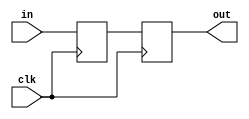
module synchronizer #(parameter NUMBITS = 8) (
    input clk,
    input [NUMBITS-1:0] in,
    output reg [NUMBITS-1:0] out
    );
    
    reg [NUMBITS-1:0] tempVal;
    
    always@(posedge clk)
    begin
        tempVal <= in;
        out <= tempVal;
    end
    
endmodule